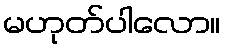
မဟုတ်ပါလော။